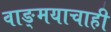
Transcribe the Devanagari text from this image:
वाङ्मयाचाही